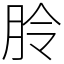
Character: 朎